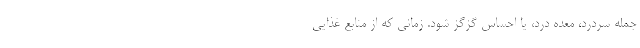
جمله سردرد، معده درد، یا احساس گزگز شود. زمانی که از منابع غذایی